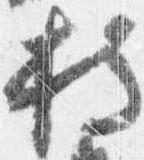
持